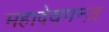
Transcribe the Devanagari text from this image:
महादेवगन्ज़